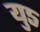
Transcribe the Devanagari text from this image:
यु५